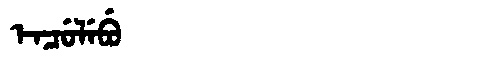
Manchu: ᡝᠨᠴᡠᠯᡝᠪᡠ
Romanization: ENCULEBU